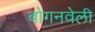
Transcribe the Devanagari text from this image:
बोगनवेली